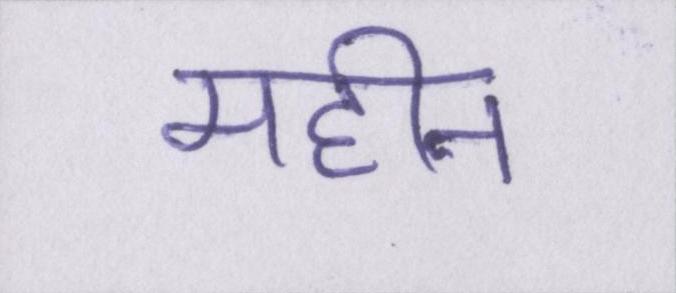
महीन